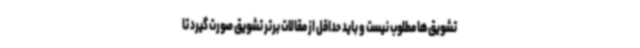
تشویق‌ها مطلوب نیست و باید حداقل از مقالات برتر تشویق صورت گیرد تا